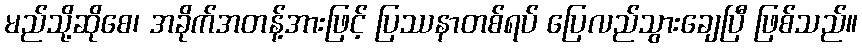
မည်သို့ဆိုစေ၊ အခိုက်အတန့်အားဖြင့် ပြဿနာတစ်ရပ် ပြေလည်သွားချေပြီ ဖြစ်သည်။